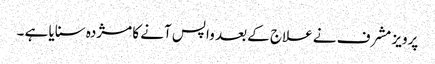
پرویز مشرف نے علاج کے بعد واپس آنے کا مژدہ سنایا ہے ۔